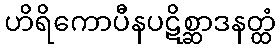
ဟိရိကောပီနပဋိစ္ဆာဒနတ္ထံ